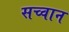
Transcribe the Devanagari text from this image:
सच्वान